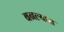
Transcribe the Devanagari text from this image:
बनल्यास